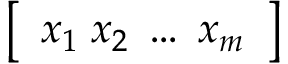
\left[ \begin{array} { l } { x _ { 1 } \; x _ { 2 } \; \dots \; x _ { m } } \end{array} \right]